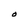
Character: O